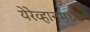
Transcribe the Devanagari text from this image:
येरेव्हानमध्ये